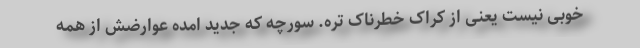
خوبی نیست یعنی از کراک خطرناک تره. سورچه که جدید امده عوارضش از همه